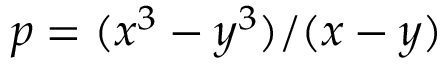
p = ( x ^ { 3 } - y ^ { 3 } ) / ( x - y )